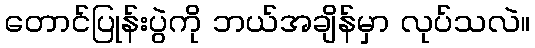
တောင်ပြုန်းပွဲကို ဘယ်အချိန်မှာ လုပ်သလဲ။